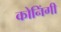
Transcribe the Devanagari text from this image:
कोनिंगी